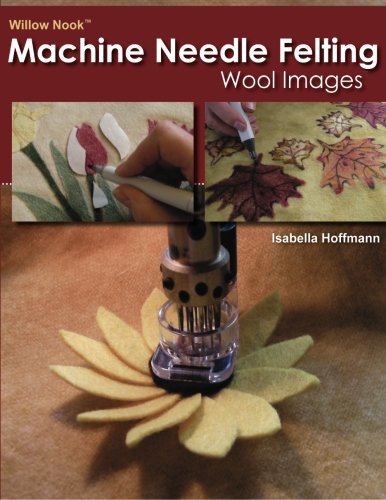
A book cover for Willow Nook Machine Needle Felting Wool Images; Isabella Hoffmann; Crafts, Hobbies & Home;